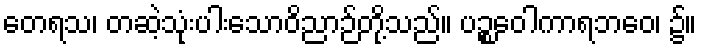
တေရသ၊ တဆဲ့သုံးပါးသောဝိညာဉ်တို့သည်။ ပဉ္စဝေါကာရဘဝေ၊ ၌။